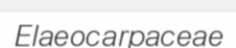
Elaeocarpaceae